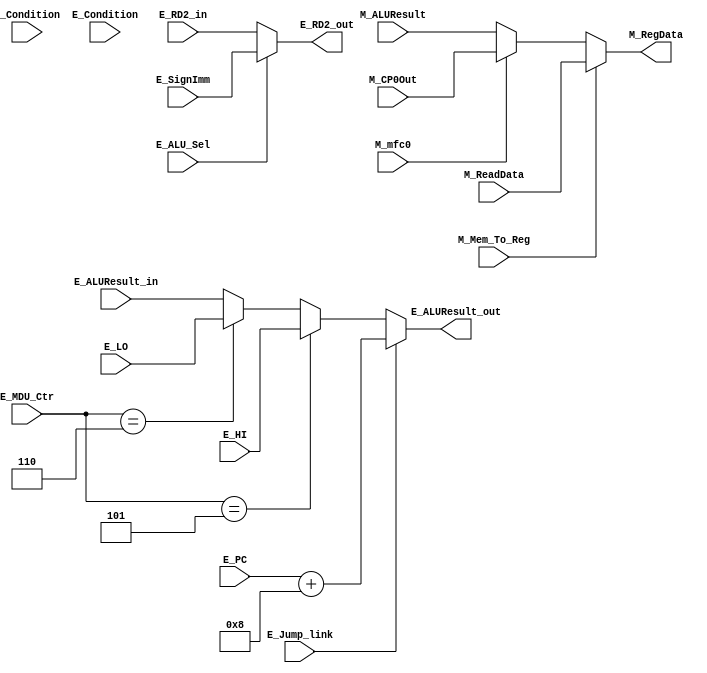
`timescale 1ns / 1ps
//////////////////////////////////////////////////////////////////////////////////
// Company: 
// Engineer: 
// 
// Design Name: 
// Module Name:    Choose 
// Project Name: 
// Target Devices: 
// Tool versions: 
// Description: 
//
// Dependencies: 
//
// Revision: 
// Revision 0.01 - File Created
// Additional Comments: 
//
//////////////////////////////////////////////////////////////////////////////////
`define DMU_mfhi 4'b0101
`define DMU_mflo 4'b0110
module Choose(//RD1.RD2(jal),E_SrcB,M_RegData, 

//
	input [31:0] E_RD2_in,//ALU_sel
	input [31:0] E_SignImm,
	input [31:0] E_PC,//E_PC+8//jal_sel
	input [31:0] E_ALUResult_in,
	input [31:0] E_HI,
	input [31:0] E_LO,
	input [31:0] M_ReadData,//WD3_sel
	input [31:0] M_ALUResult,
	input [31:0] M_CP0Out,
	
// 
	input E_Jump_link,
	input [3:0] E_MDU_Ctr,
	input E_ALU_Sel,
    input M_Mem_To_Reg,
    input M_mfc0,
	
	input D_Condition,
	input E_Condition,
	
//
	output [31:0] E_ALUResult_out,
	output [31:0] E_RD2_out,
	output [31:0] M_RegData
    );
	
	assign E_RD2_out =  (E_ALU_Sel == 1) ? E_SignImm : E_RD2_in ;
	assign E_ALUResult_out = (E_Jump_link == 1) ? E_PC+8 : 
							 (E_MDU_Ctr == `DMU_mfhi) ? E_HI :
							 (E_MDU_Ctr == `DMU_mflo) ? E_LO :
							 E_ALUResult_in ;
	assign M_RegData = 	(M_Mem_To_Reg == 1) ? M_ReadData :
						(M_mfc0 == 1)		? M_CP0Out : M_ALUResult ;
	
endmodule